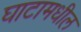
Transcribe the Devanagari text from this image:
घाटामधील